NAE_EAOK_eestikeelsed_sunnimeetrikad, lk 6
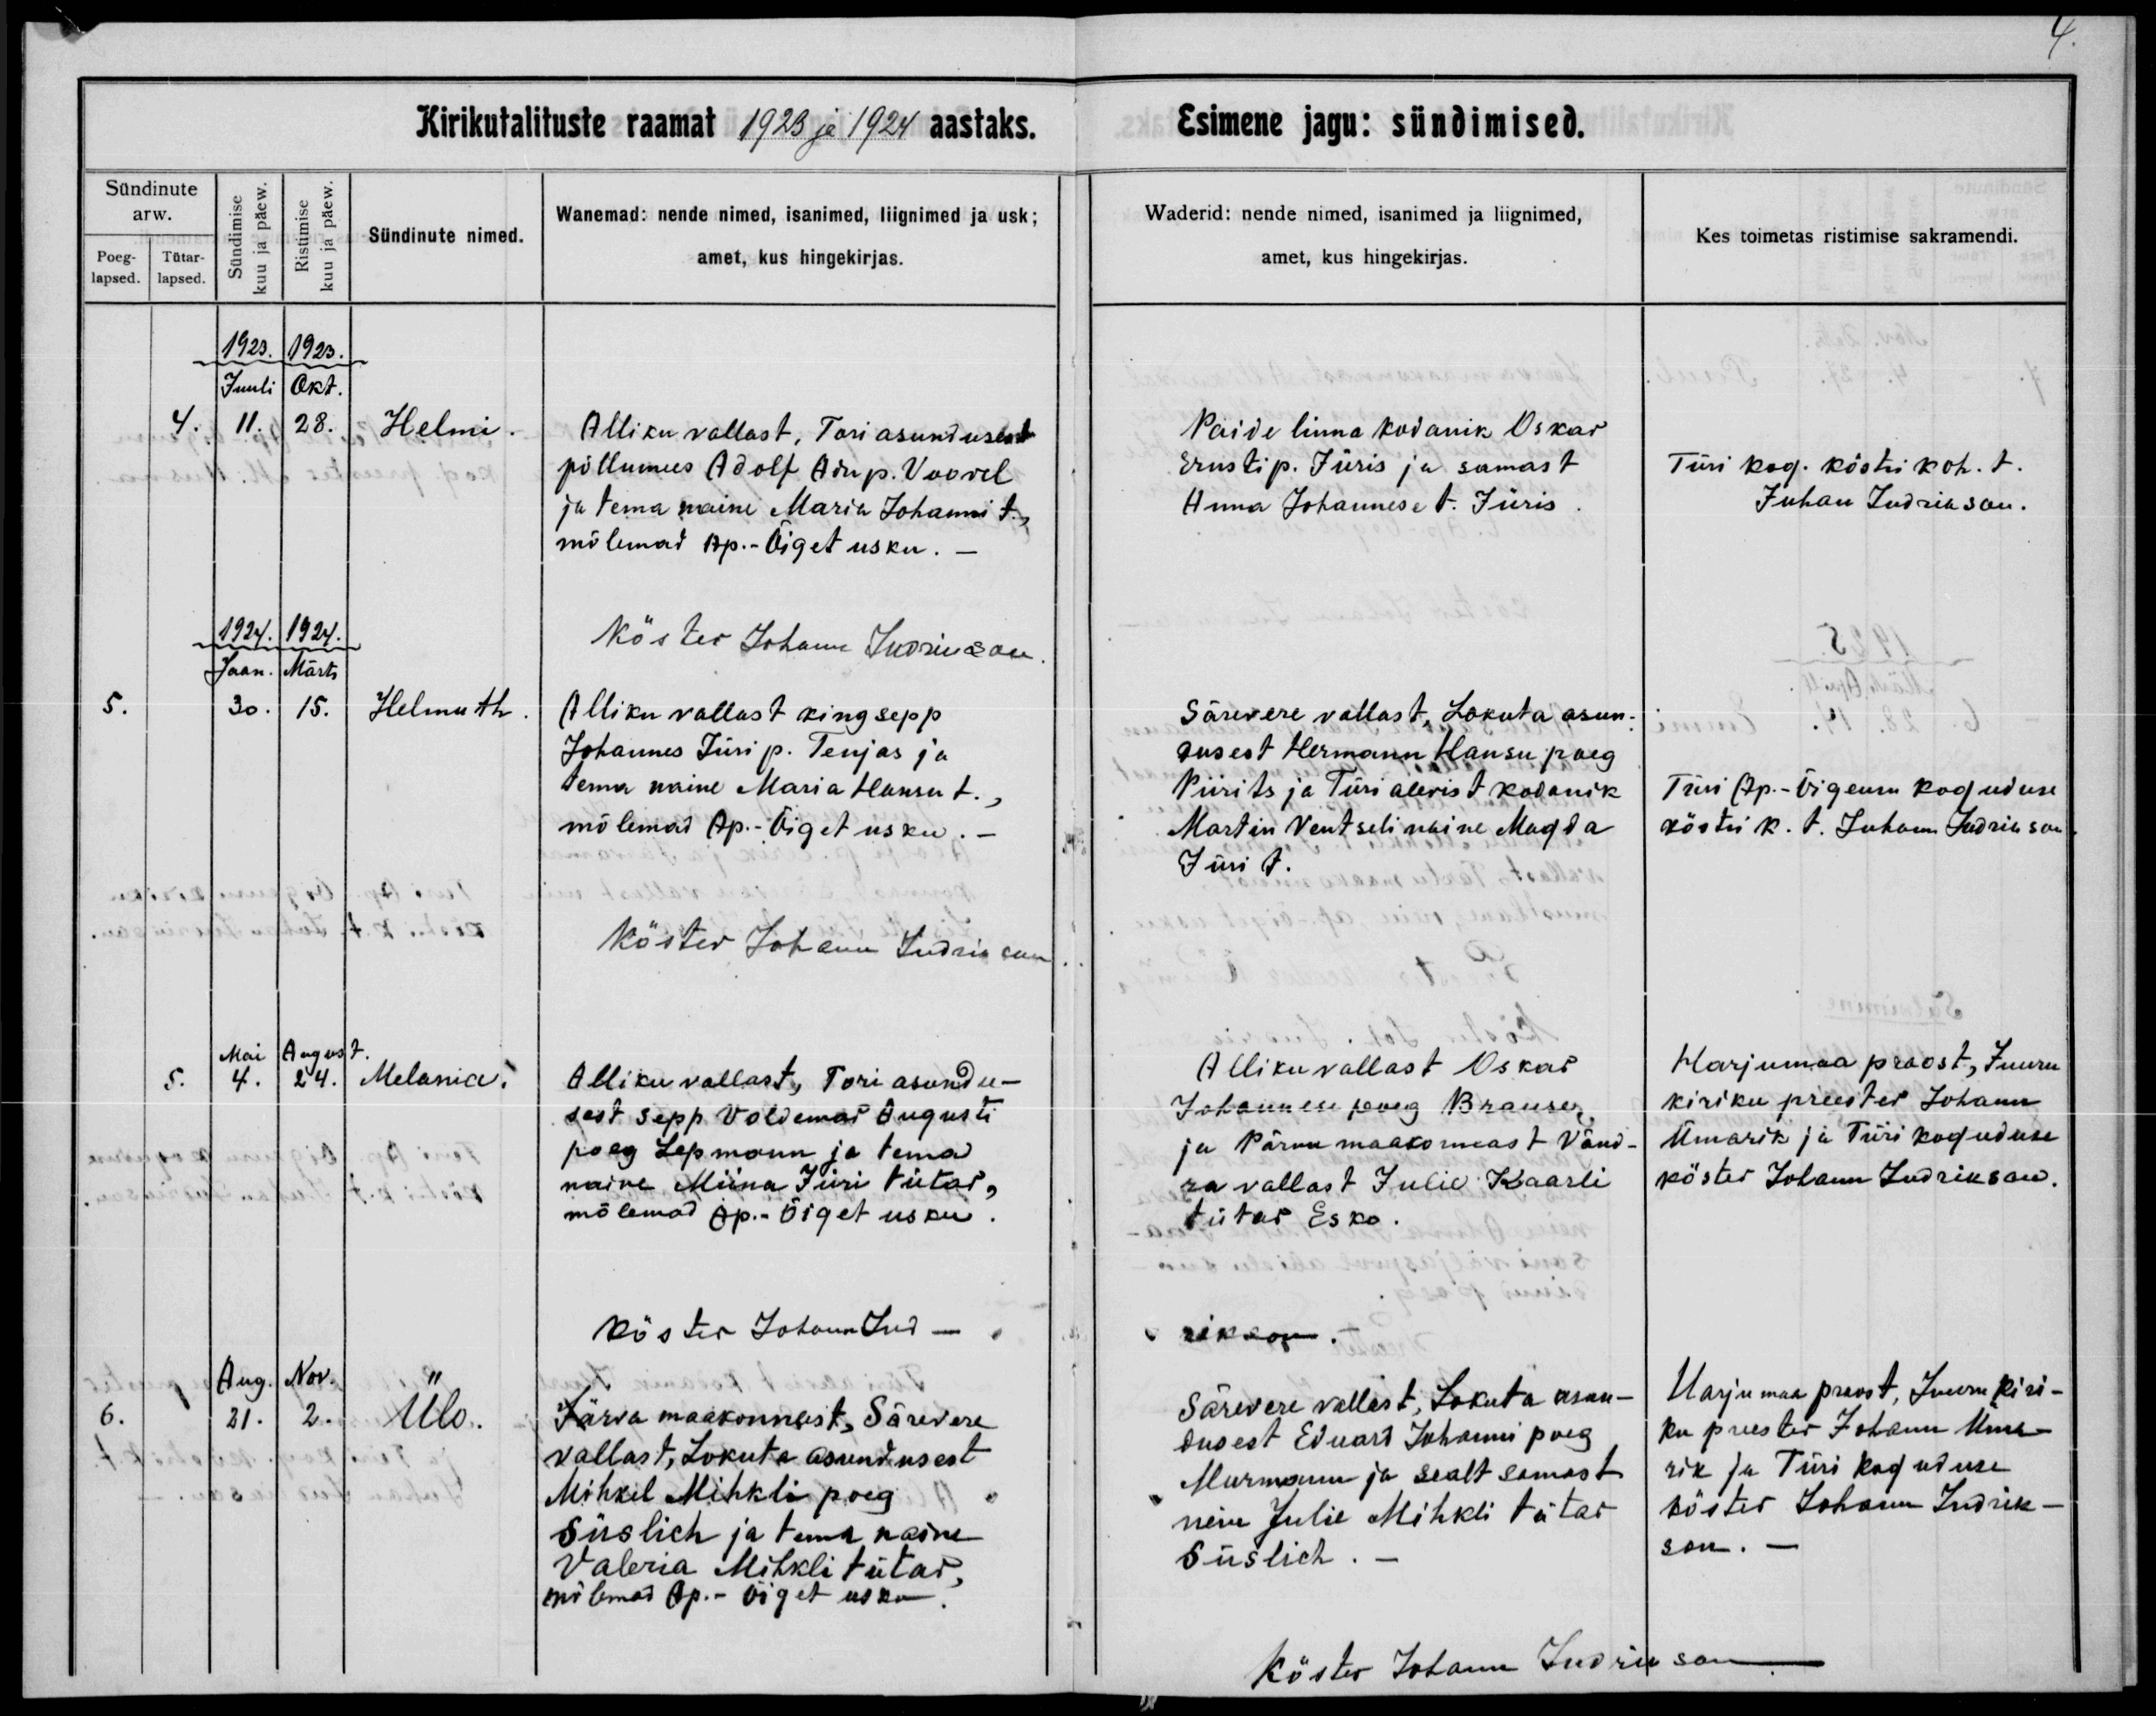
Helmi

Helmuth

Melania

Ülo

Alliku vallast, Tori asundusest
põllumees Adolf Adu p. Voovel
ja tema naine Maria Johanni t.,
mõlemad Ap.-Õiget usku.

Alliku vallast kingsepp
Johannes Jüri p. Tenjas ja
tema naine Maria Hansu t.,
mõlemad Ap.-Õiget usku.

Alliku vallast, Tori asundu-
sest sepp Voldemar Augusti
poeg Lepmann ja tema
naine Miina Jüri tütar,
mõlemad Ap.-Õiget usku.

Järva maakonnast, Särevere
vallast, Lokuta asundusest
Mihkil Mihkli poeg
Süslich ja tema naine
Valeria Mihkli tütar,
mõlemad Ap.-Õiget usku.